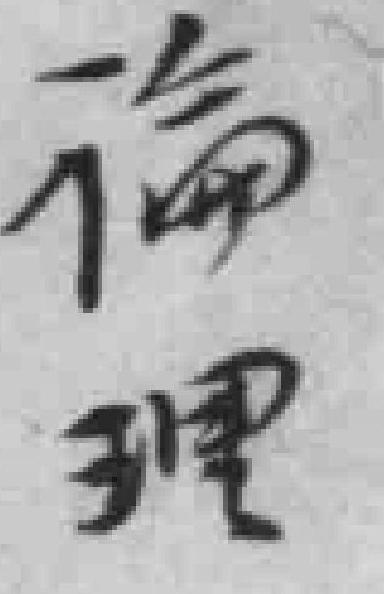
論理